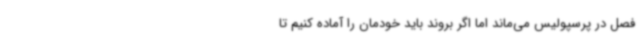
فصل در پرسپولیس می‌ماند اما اگر بروند باید خودمان را آماده کنیم تا